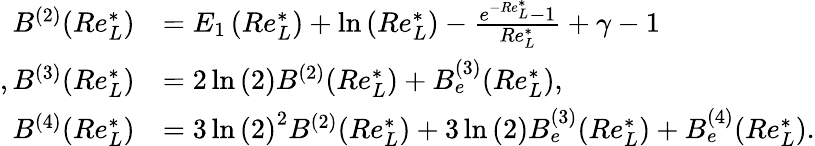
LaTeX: \begin{array}{rl}{B^{(2)}(Re_{L}^{*})}&{=E_{1}\left(Re_{L}^{*}\right)+\ln{\left(Re_{L}^{*}\right)}-\frac{e^{-Re_{L}^{*}}-1}{Re_{L}^{*}}+\gamma-1}\\ {,B^{(3)}(Re_{L}^{*})}&{=2\ln{(2)}B^{(2)}(Re_{L}^{*})+B_{e}^{(3)}(Re_{L}^{*}),}\\ {B^{(4)}(Re_{L}^{*})}&{=3\ln{(2)}^{2}B^{(2)}(Re_{L}^{*})+3\ln{(2)}B_{e}^{(3)}(Re_{L}^{*})+B_{e}^{(4)}(Re_{L}^{*}).}\end{array}